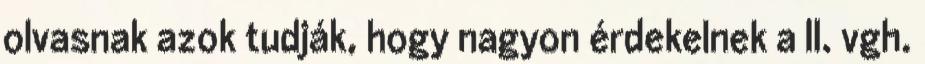
olvasnak azok tudják, hogy nagyon érdekelnek a II. vgh.